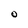
Character: O